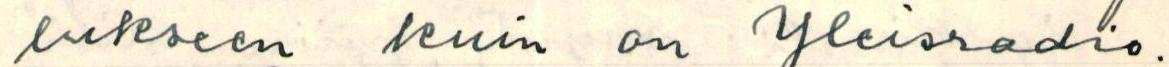
lukseen kuin on Yleisradio.